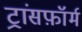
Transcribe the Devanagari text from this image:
ट्रांसफ़ॉर्म